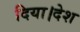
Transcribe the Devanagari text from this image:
दिया।देश